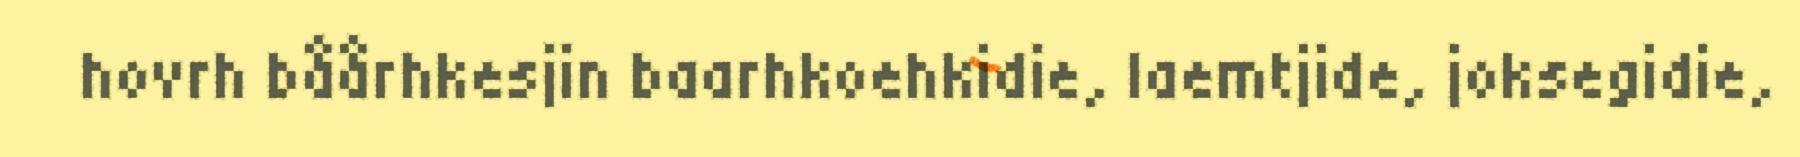
hovrh båårhkesjin baarhkoehkidie, laemtjide, joksegidie,